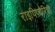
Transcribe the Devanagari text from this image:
राइपिफ़ोरिडी